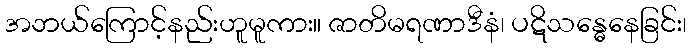
အဘယ်ကြောင့်နည်းဟူမူကား။ ဇာတိမရဏာဒီနံ၊ ပဋိသန္ဓေနေခြင်း၊